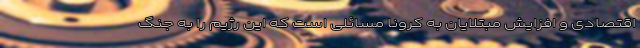
اقتصادی و افزایش مبتلایان به کرونا مسائلی است که این رژیم را به جنگ